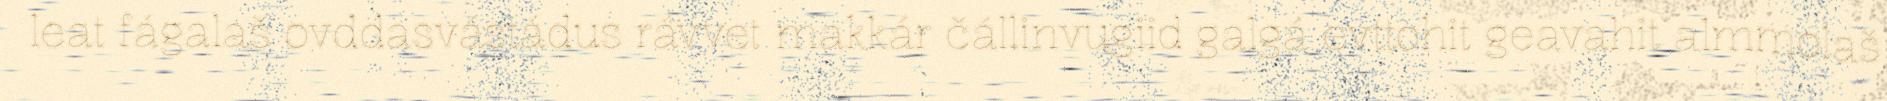
leat fágalaš ovddasvástádus rávvet makkár čállinvugiid galgá evttohit geavahit almmolaš